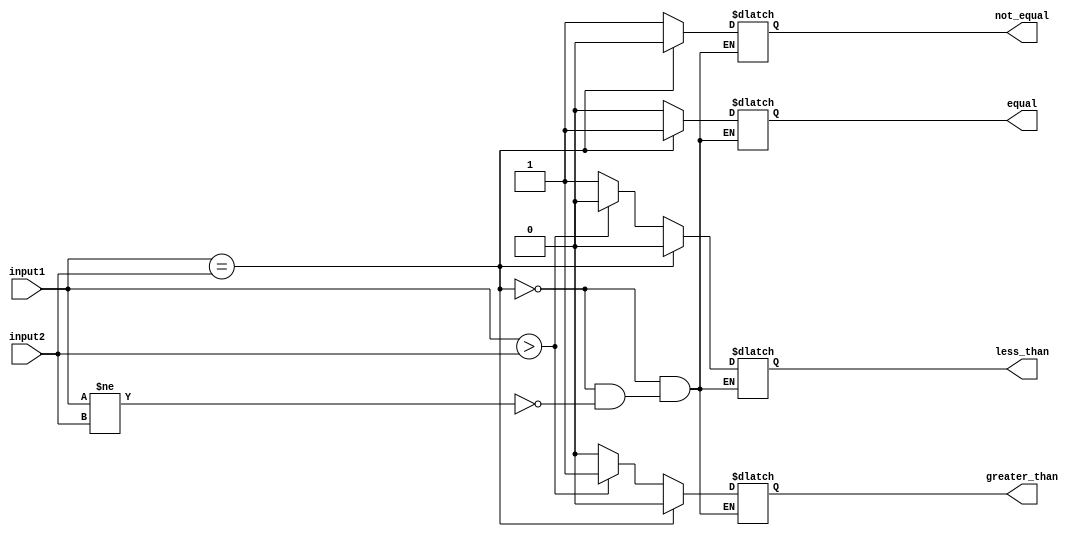
module Comparator(
input [3:0] input1,
input [3:0] input2,
output reg equal,
output reg not_equal,
output reg greater_than,
output reg less_than
);

always @* begin
    if(input1 == input2) begin
        equal = 1;
        not_equal = 0;
        greater_than = 0;
        less_than = 0;
    end
    else if(input1 != input2) begin
        equal = 0;
        not_equal = 1;
        if(input1 > input2) begin
            greater_than = 1;
            less_than = 0;
        end
        else begin
            greater_than = 0;
            less_than = 1;
        end
    end
end

endmodule